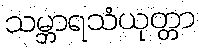
သမ္ဘာရသံယုတ္တာ